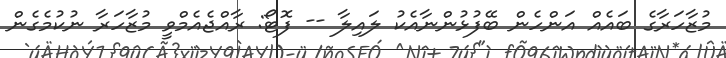
މުޒާހަރާގެ ބައެއް އަންހެން ބޭފުޅުންނާއެކު ލައިލާ -- ފޮޓޯ: ރާއްޖެއެމްވީ މުޒާހަރާ ނުކުމެގެން